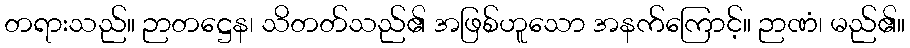
တရားသည်။ ဉာတဋ္ဌေန၊ သိတတ်သည်၏ အဖြစ်ဟူသော အနက်ကြောင့်။ ဉာဏံ၊ မည်၏။